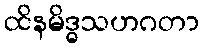
ထိနမိဒ္ဓသဟဂတာ